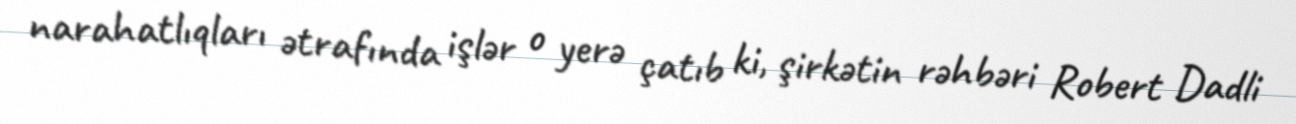
narahatlıqları ətrafında işlər o yerə çatıb ki, şirkətin rəhbəri Robert Dadli